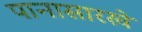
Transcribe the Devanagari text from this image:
पानासारखे